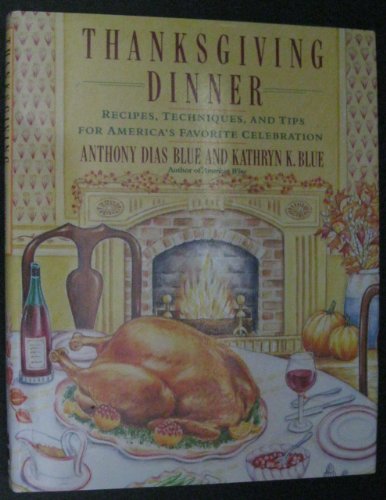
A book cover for Thanksgiving Dinner; Kathryn K. Blue; Cookbooks, Food & Wine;